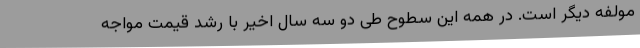
مولفه دیگر است. در همه این سطوح طی دو سه سال اخیر با رشد قیمت مواجه